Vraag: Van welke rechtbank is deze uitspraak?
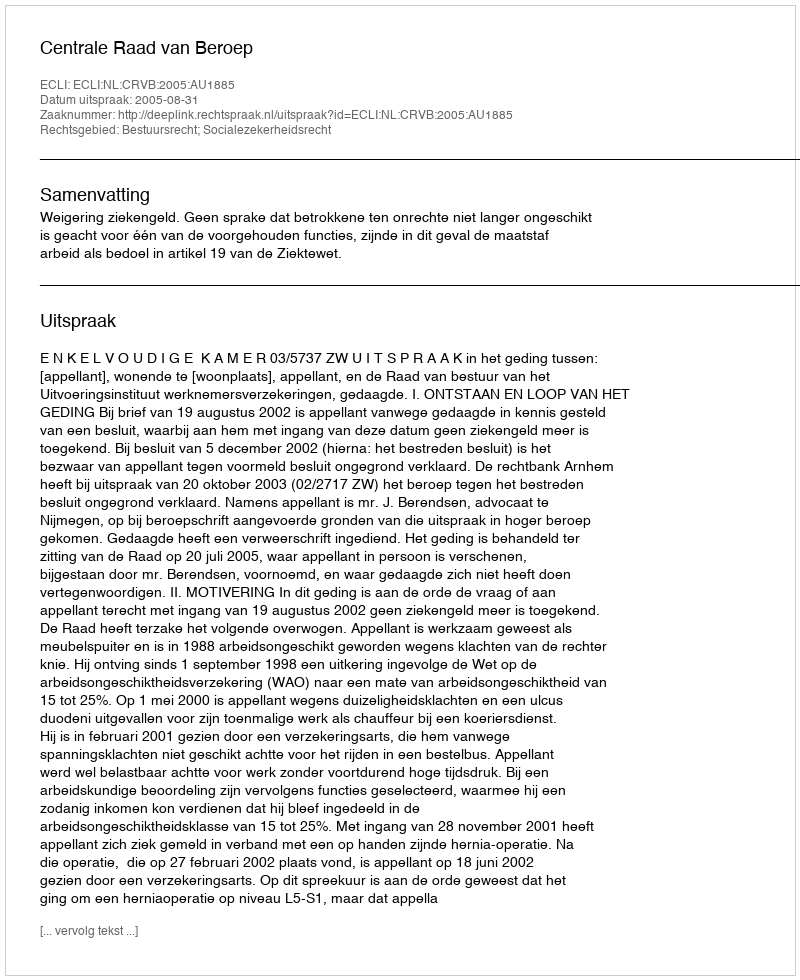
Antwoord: Centrale Raad van Beroep